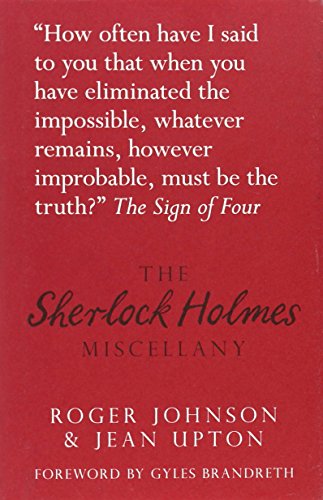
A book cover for The Sherlock Holmes Miscellany; Roger Johnson; Mystery, Thriller & Suspense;